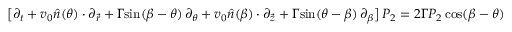
\big [ \partial _ { t } + v _ { 0 } \hat { n } ( \theta ) \cdot \partial _ { \vec { r } } + \Gamma \mathrm { s i n } ( \beta - \theta ) \, \partial _ { \theta } + v _ { 0 } \hat { n } ( \beta ) \cdot \partial _ { \vec { z } } + \Gamma \mathrm { s i n } ( \theta - \beta ) \, \partial _ { \beta } \big ] \, P _ { 2 } = 2 \Gamma P _ { 2 } \, \mathrm { c o s } ( \beta - \theta )